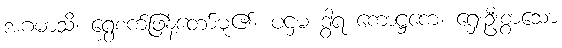
အဂမာသိ၊ ရွှေစက်ဖြန့်တော်မူ၏။ ပဌမ ဒွါရ ကောဋ္ဌကေ၊ ရှေးဦးစွာသော